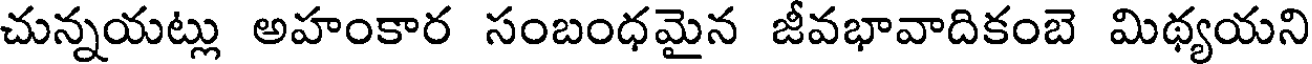
చున్నయట్లు అహంకార సంబంధమైన జీవభావాదికంబె మిథ్యయని